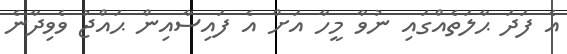
އެ ފަދަ ޙާލަތެއްގައި ނުވާ މީހާ އަށް އެ ފައިސާއިން ޙައްޖު ވެވިދާނެ